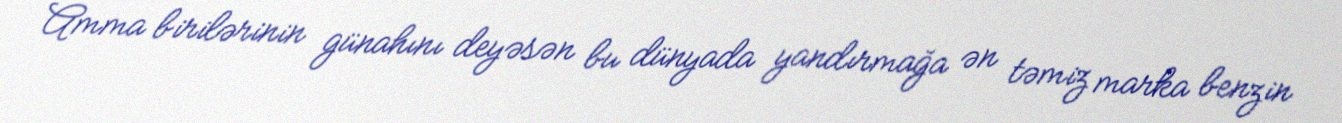
Amma birilərinin günahını deyəsən bu dünyada yandırmağa ən təmiz marka benzin